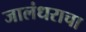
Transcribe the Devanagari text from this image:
जालंधराचा